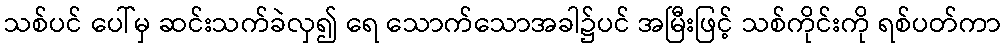
သစ်ပင် ပေါ်မှ ဆင်းသက်ခဲလှ၍ ရေ သောက်သောအခါ၌ပင် အမြီးဖြင့် သစ်ကိုင်းကို ရစ်ပတ်ကာ